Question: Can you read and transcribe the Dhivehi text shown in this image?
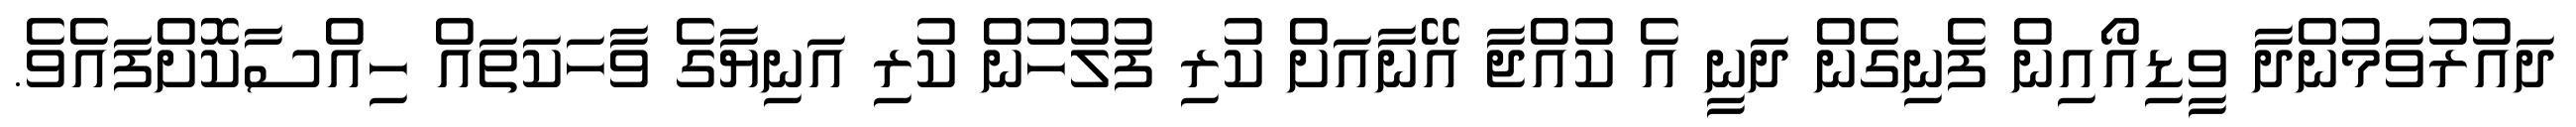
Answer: ދައުރުވަމުންދާ ވީޑިއޯއިން ފެނިގެން ދަނީ އެ ކުއްޖާ އޭނާއަށް ކުރި ފުލުހުން ކުރި އަނިޔާގެ ވާހަކަތައް ހިއްސާކޮށްފައެވެ.